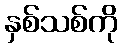
နှစ်သစ်ကို